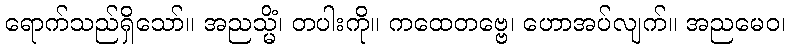
ရောက်သည်ရှိသော်။ အညသ္မိံ၊ တပါးကို။ ကထေတဗ္ဗေ၊ ဟောအပ်လျက်။ အညမေဝ၊